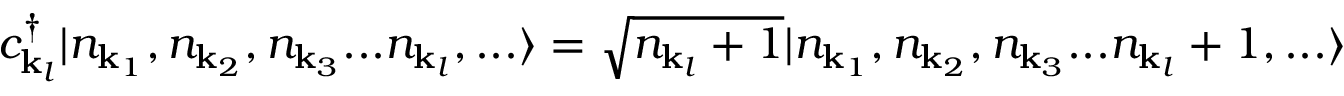
c _ { { \mathbf { k } } _ { l } } ^ { \dagger } | n _ { { \mathbf { k } } _ { 1 } } , n _ { { \mathbf { k } } _ { 2 } } , n _ { { \mathbf { k } } _ { 3 } } . . . n _ { { \mathbf { k } } _ { l } } , . . . \rangle = { \sqrt { n _ { { \mathbf { k } } _ { l } } + 1 } } | n _ { { \mathbf { k } } _ { 1 } } , n _ { { \mathbf { k } } _ { 2 } } , n _ { { \mathbf { k } } _ { 3 } } . . . n _ { { \mathbf { k } } _ { l } } + 1 , . . . \rangle